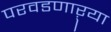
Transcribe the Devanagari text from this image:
परवडणाऱ्या